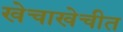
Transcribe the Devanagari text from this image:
खेचाखेचीत